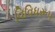
વિવિધરૂપ